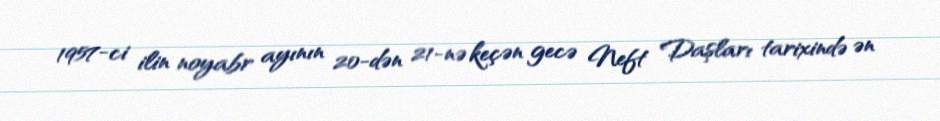
1957-ci ilin noyabr ayının 20-dən 21-nə keçən gecə Neft Daşları tarixində ən